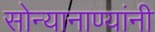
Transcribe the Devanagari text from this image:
सोन्यानाण्यांनी